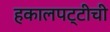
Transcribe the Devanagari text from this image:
हकालपट्टीची